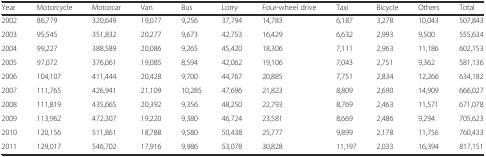
| Year | Motorcycle | Motorcar | Van | Bus | Lorry | Four-wheel drive | Taxi | Bicycle | Others | Total |
 | --- | --- | --- | --- | --- | --- | --- | --- | --- | --- | --- |
 | 2002 | 86,779 | 320,649 | 19,077 | 9,256 | 37,794 | 14,783 | 6,187 | 3,278 | 10,043 | 507,843 |
 | 2003 | 95,545 | 351,832 | 20,277 | 9,673 | 42,753 | 16,429 | 6,632 | 2,993 | 9,500 | 555,634 |
 | 2004 | 99,227 | 388,589 | 20,086 | 9,265 | 45,420 | 18,306 | 7,111 | 2,963 | 11,186 | 602,153 |
 | 2005 | 97,072 | 376,061 | 19,085 | 8,594 | 42,062 | 19,106 | 7,043 | 2,751 | 9,362 | 581,136 |
 | 2006 | 104,107 | 411,444 | 20,428 | 9,700 | 44,767 | 20,885 | 7,751 | 2,834 | 12,266 | 634,182 |
 | 2007 | 111,765 | 426,941 | 21,109 | 10,285 | 47,696 | 21,823 | 8,809 | 2,690 | 14,909 | 666,027 |
 | 2008 | 111,819 | 435,665 | 20,392 | 9,356 | 48,250 | 22,793 | 8,769 | 2,463 | 11,571 | 671,078 |
 | 2009 | 113,962 | 472,307 | 19,220 | 9,380 | 46,724 | 23,581 | 8,669 | 2,486 | 9,294 | 705,623 |
 | 2010 | 120,156 | 511,861 | 18,788 | 9,580 | 50,438 | 25,777 | 9,899 | 2,178 | 11,756 | 760,433 |
 | 2011 | 129,017 | 546,702 | 17,916 | 9,986 | 53,078 | 30,828 | 11,197 | 2,033 | 16,394 | 817,151 |